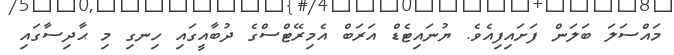
މައްސަލަ ބަލަން ފަށައިފިއެވެ. ޔުނައިޓެޑް އަރަބް އެމިރޭޓްސްގެ ދުބާއީގައި ހިނގި މި ޙާދިސާގައި